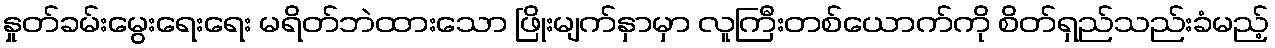
နှုတ်ခမ်းမွေးရေးရေး မရိတ်ဘဲထားသော ဖြိုးမျက်နှာမှာ လူကြီးတစ်ယောက်ကို စိတ်ရှည်သည်းခံမည့်